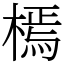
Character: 㯊